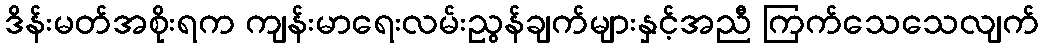
ဒိန်းမတ်အစိုးရက ကျန်းမာရေးလမ်းညွန်ချက်များနှင့်အညီ ကြက်သေသေလျက်